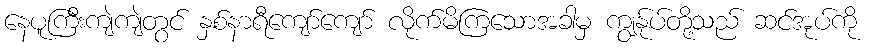
နေပူကြီးကျဲကျဲတွင် နှစ်နာရီကျော်ကျော် လိုက်မိကြသောအခါမှ ကျွန်ုပ်တို့သည် ဆင်အုပ်ကို